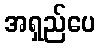
အရှည်ပေ